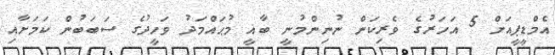
އެމްޑީޕީއަށް 5 އަހަރުގެ ވެރިކަން ނުނިންމުނީ ބާޣީ މުޙައްމަދު ވަހީދުގެ ސަބަބުން ކަމަށާއި